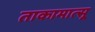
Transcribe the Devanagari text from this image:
ताकामात्सू